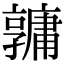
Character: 𤰎